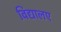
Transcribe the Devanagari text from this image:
विद्यालए